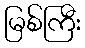
မြစ်ကြီး